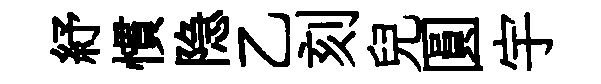
紓慣隐乙刻兒圓宇